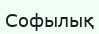
Софылық